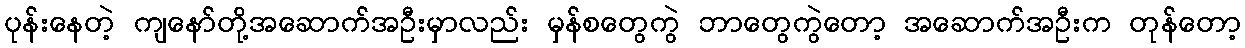
ပုန်းနေတဲ့ ကျနော်တို့အဆောက်အဦးမှာလည်း မှန်စတွေကွဲ ဘာတွေကွဲတော့ အဆောက်အဦးက တုန်တော့